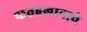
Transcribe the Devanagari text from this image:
फतहखानाचे